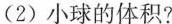
(2)小球的体积?